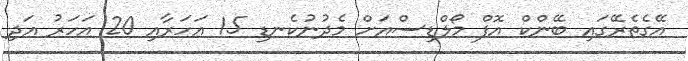
އޭގެތެރޭގައި ބޭންކް އޮފް މޯލްޑިސްއަށް މެދުނުކެނޑި 15 އަހަރާއި 20 އަހަރު އަދި